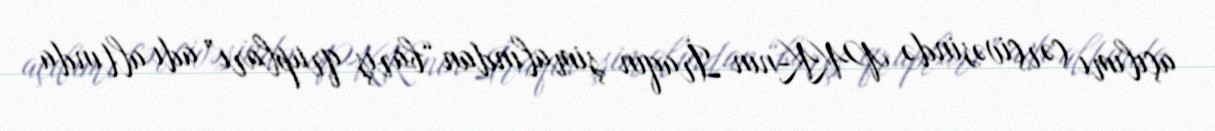
açılımı çərçivəsində PKK-nın İraqın şimalından “barış qrupları” adı altında